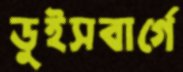
ডুইসবার্গে